system: You are a helpful assistant.
user:
Analyze the provided spectrum to determine if it is a **Carbon Star (C-type)**.

- **Key Visual Indicators of Carbon Star:**
    - **(Primary):** Strong molecular absorption from **C₂ (diatomic carbon) "Swan Bands."** This is the **defining feature** of a carbon star.
        - **(Key Bandheads):** Sharp absorption edges are visible at approximately $5635$ Å, $5165$ Å (the strongest band), and $4737$ Å.
        - **(Line Profile):** Creates a distinct **"saw-tooth"** pattern. The key morphology is a sharp, steep bandhead on the **red (long-wavelength) side**, which then gradually tapers off (i.e., flux recovers) towards the **blue (short-wavelength) side**. *(This is the direct opposite of the TiO bands seen in M-type stars)*.

    - **(Secondary):** Intense **CN (cyanogen)** molecular absorption bands.
        - **(Key Bandheads):** Located in the blue and violet regions of the spectrum (e.g., near $4215$ Å and $3883$ Å).
        - **(Morphology):** These bands are extremely broad and act as a "blanket," absorbing the vast majority of blue and violet light. This creates a characteristic **"cliff"** or **"steep drop-off"** in the spectrum's flux at short wavelengths.

    - **(Key Confirmation):** Strong **CH absorption band (G-band)**.
        - **(Key Bandhead):** Located around $4300$ Å. The contribution from CH molecules to this band is exceptionally strong.

    - **(Overall Spectrum):**
        - The continuum is severely "chopped up" by these deep molecular bands, especially C₂, rather than appearing as a smooth curve.
        - Due to the heavy CN and C₂ absorption in the blue-green, the vast majority of the star's flux is concentrated in the red part of the spectrum, giving the star its characteristic deep red color.

Think first, call **spectral_visualization_tool** if needed to examine features in detail, then provide your final answer. Your response must adhere to the following strict rules:
1.  **Overall Structure:** Your response must follow the format `<think>...</think> <tool_call>...</tool_call> (if a tool is used) <answer>...</answer>`.
2.  **Tool Usage Constraint:** You may only make **one** tool call per turn.
3.  **Final Answer Format:** In the `<answer>` tag, your conclusion must be inside a `\boxed{}` command (e.g., `\boxed{YES}`), followed by your justification.

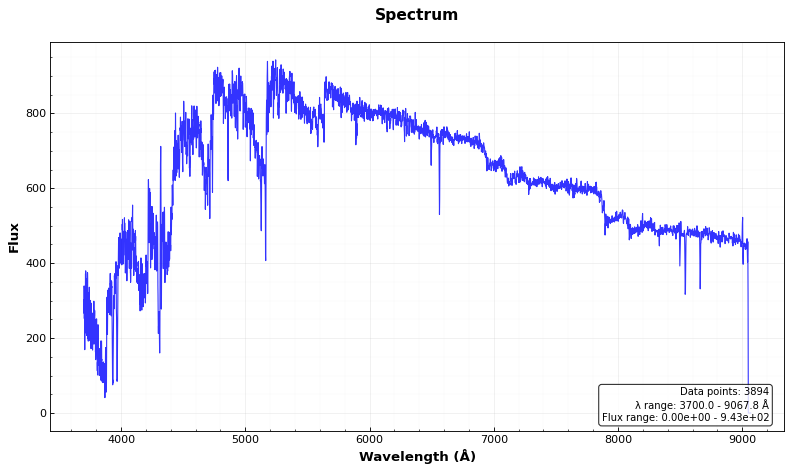
Answer: YES